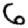
Digit: 6